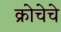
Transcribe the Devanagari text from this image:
क्रोचेचे